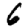
Digit: 6